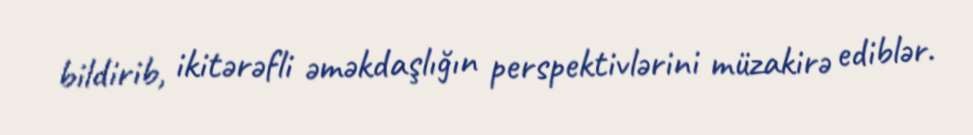
bildirib, ikitərəfli əməkdaşlığın perspektivlərini müzakirə ediblər.